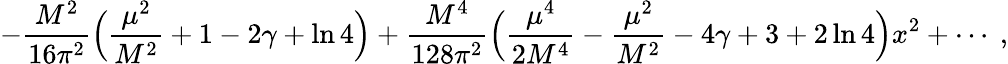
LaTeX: -{\frac{M^{2}}{16\pi^{2}}}\Bigl({\frac{\mu^{2}}{M^{2}}}+1-2\gamma+\ln 4\Bigr)+{\frac{M^{4}}{128\pi^{2}}}\Bigl({\frac{\mu^{4}}{2M^{4}}}-{\frac{\mu^{2}}{M^{2}}}-4\gamma+3+2\ln 4\Bigr)x^{2}+\cdots\ ,